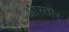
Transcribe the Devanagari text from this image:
आस्तोर